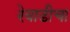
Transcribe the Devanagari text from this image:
रेवाडीचा